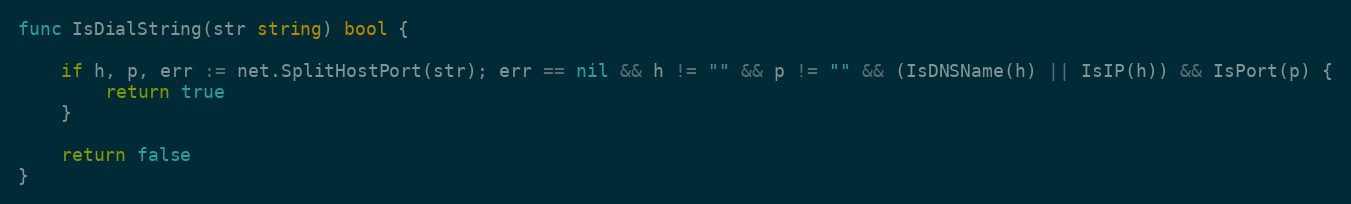
Language: Go
func IsDialString(str string) bool {

	if h, p, err := net.SplitHostPort(str); err == nil && h != "" && p != "" && (IsDNSName(h) || IsIP(h)) && IsPort(p) {
		return true
	}

	return false
}